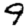
Digit: 9